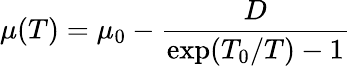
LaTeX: \mu(T)=\mu_{0}-{\frac{D}{\exp(T_{0}/T)-1}}